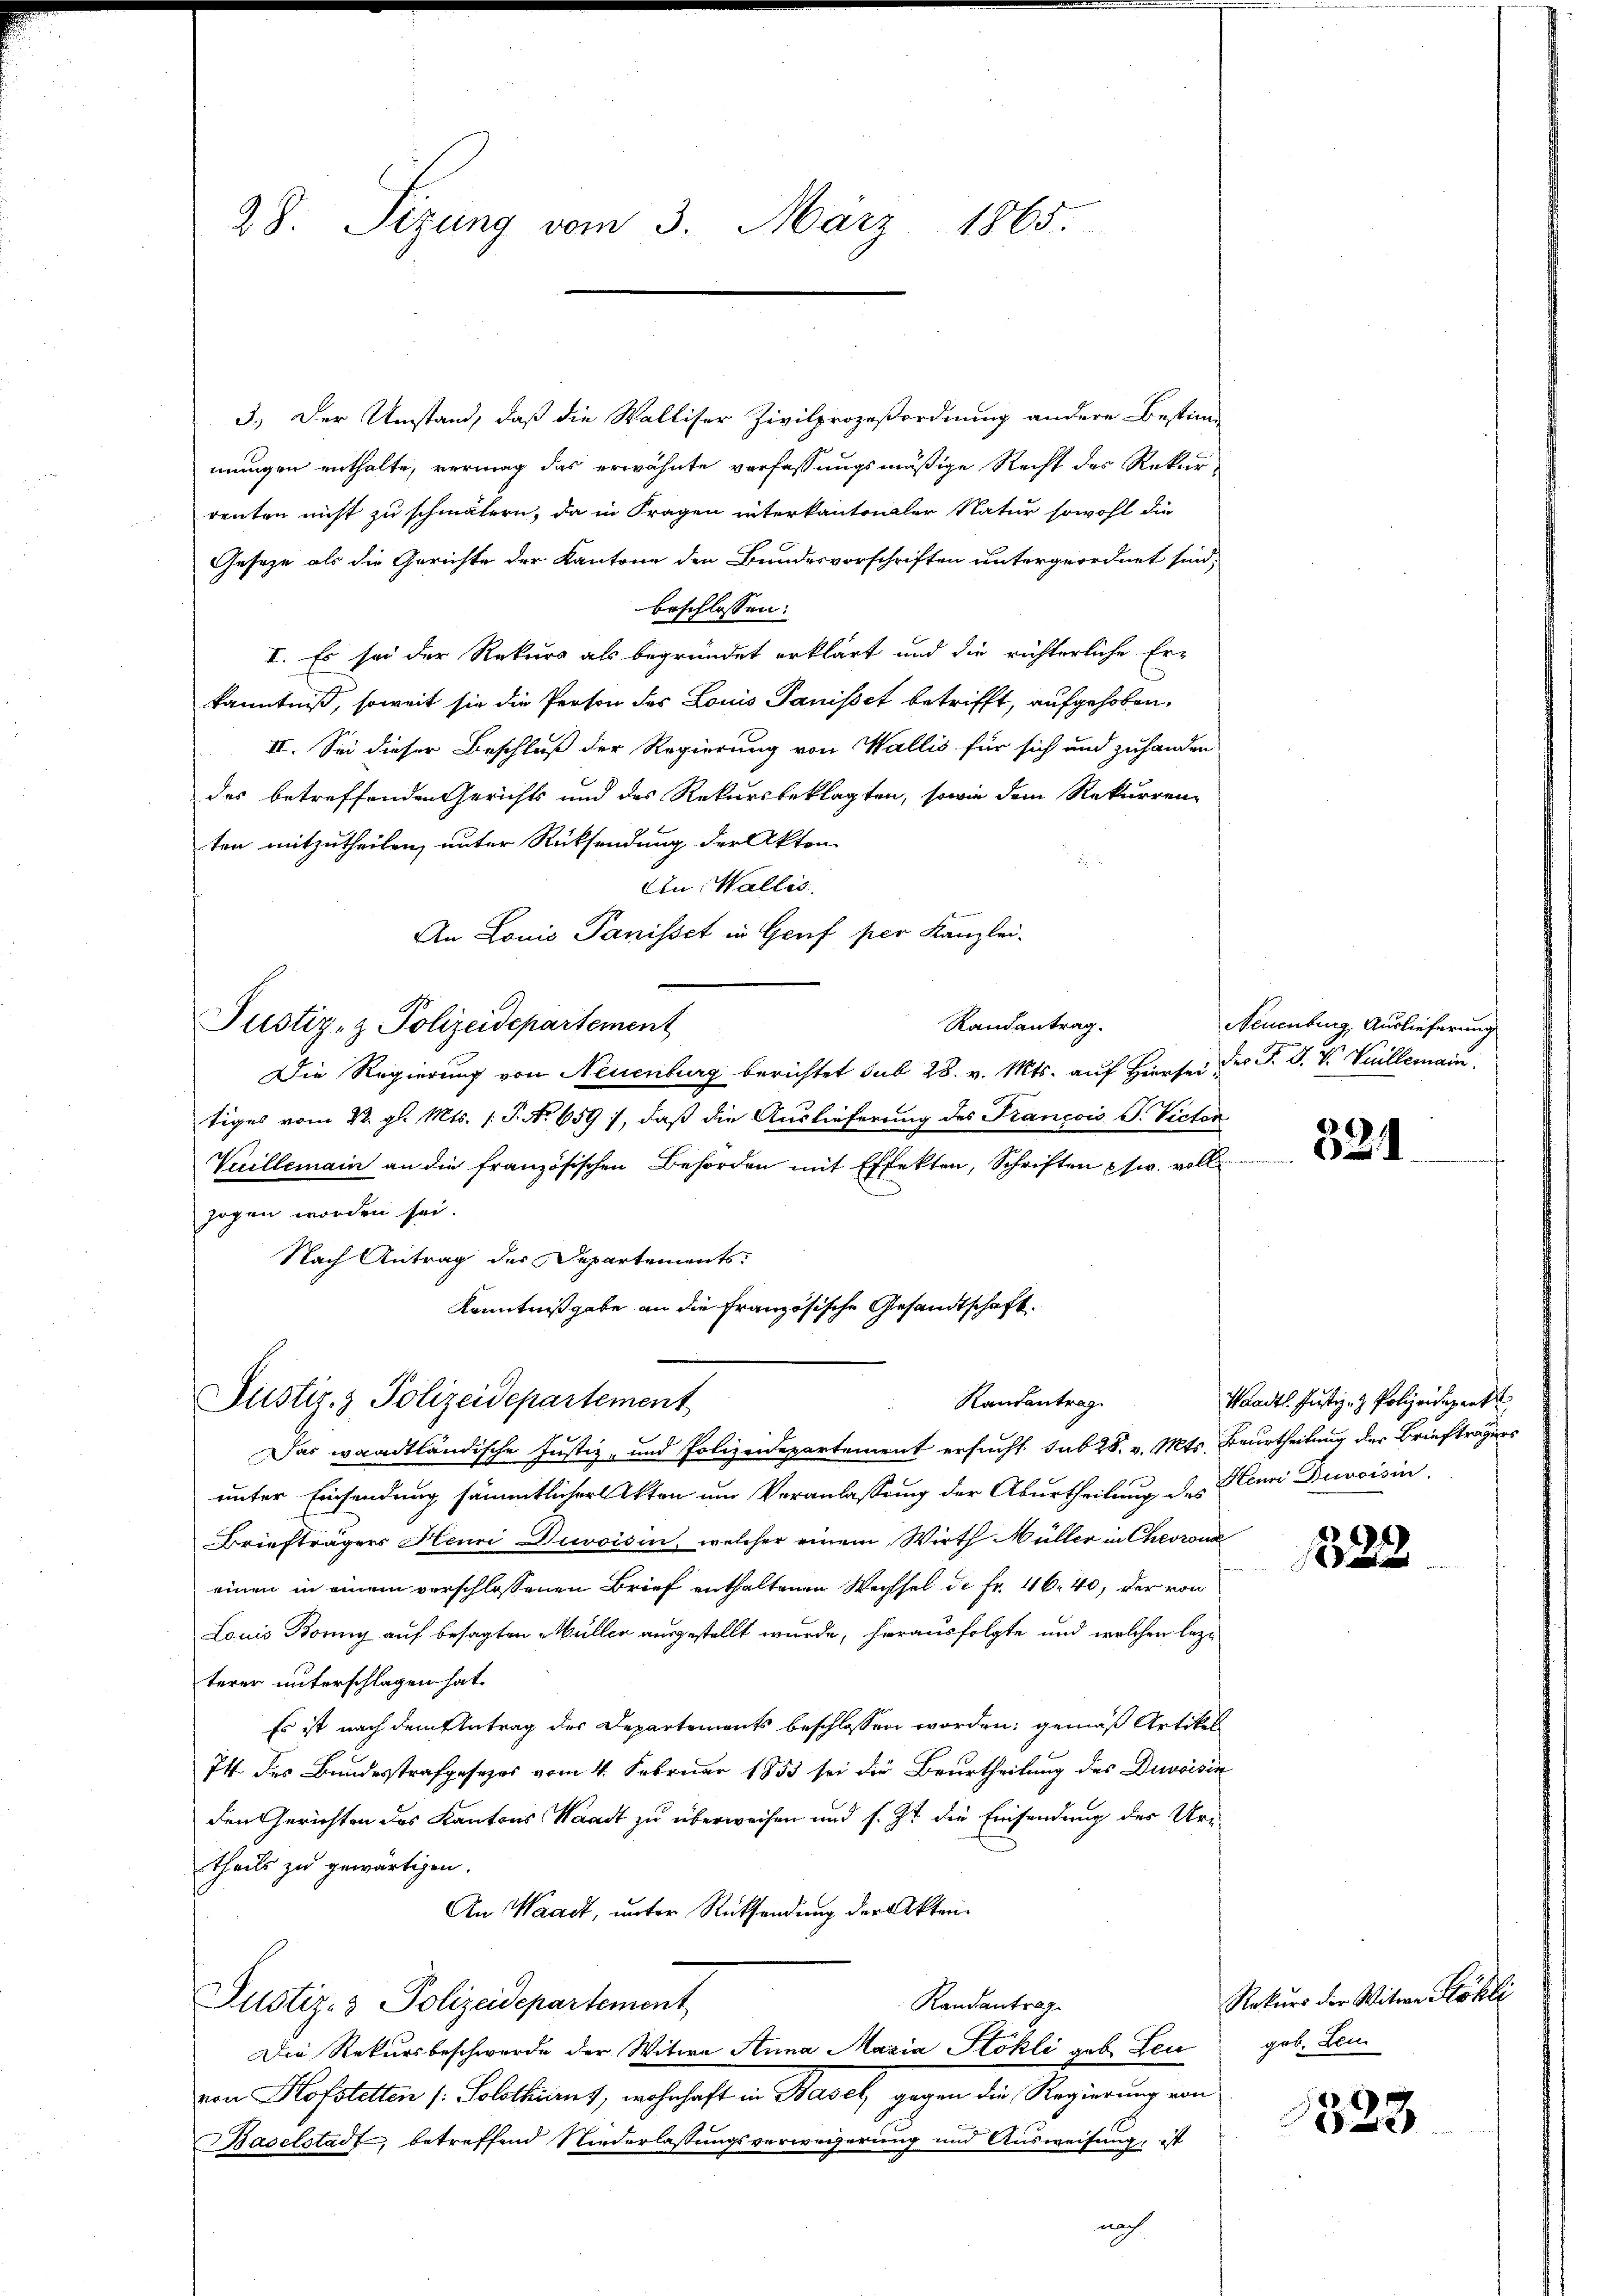
28. Sizung vom 3. März 1865.

I. Es sei der Rekurs als begründet erklärt und die richterliche Er-
kanntniß, soweit sie die Person des Louis Panistet betrifft, aufgehoben,
II. Sei dieser Beschluß der Regierung von Wallis für sich und zuhanden
des betreffenden Gerichts und des Rekursbeklagten, sowie dem Rekurrenz
ten mitzutheilen, unter Rücksendung der Akten
An Wallis.
An Louis Panisset in Genf per Kanzlei-
Randantrag.
Justiz- & Polizeidepartement
Die Regierung von Neuenburg berichtet sub 28. v. Mts. auf Hierse des P. F. V Vuillemain
tiges vom 22. gl. Mts. 1. P. No 659), daß die Auslieferung des Francois S. Victor
Veillemain an die französischen Behörden mit Effekten, Schriften usw. vollzogen worden sei.
Nach Antrag des Departements
Kenntnißgabe an die französische Gesandtschaft.
Justiz- & Polizeidepartement
Randantrag
Das waadtländische Justiz- und Polizeidepartement ersucht, sub 28. v. Mts. Beurtheilung der Briefträgers
unter Einsendung sämmtlicher Akten um Veranlassung der Aburtheilung des Henni Duvoisin,
Briefträgers Henni Duvoisin, welcher einem Wirth Müller in Chevron
einen in einem verschlossenen Brief enthaltenen Wechsel de Fr. 46. 40, der von
Louis Bonny auf besagten Müller ausgestellt wurde, herausfolgte und welchen lezterer unterschlagen hat.
Es ist nach dem Antrag des Departements beschlossen worden; gemäß Artikel
74 des Bundesstrafgesezes vom 4. Februar 1855 sei die Beurtheilung des Divoisin
den Gerichten des Kantons Waadt zu überweisen und s. Zt. die Einsendung des Uri
theils zu gewärtigen.
An Waadt, unter Rücksendung der Akten¬
Justiz- & Polizeidepartement
Randantrag
Die Rekursbeschwerde der Witwe Anna Maria Stokli geb. Leu
von Hofstetten (: Solothurns, wohnhaft in Basel gegen die Regierung von
Baselstadt, betreffend Niederlassungsverweierung und Ausweisung, ist

3.) Der Umstand, daß die Walliser Zivilprozeßordnung andere Bestimmungen enthalte, vermag das erwähnte verfassungsmäßige Recht des Rekurrenten nicht zu schmälern, da in Fragen interkantonaler Natur sowohl die
Gesetze als die Gerichte der Kantone den Bundesvorschriften untergeordnet sind,
beschlossen:

nach

Neuenburg, Auslieferung

)
524.

Waadt. Justiz- & Polizeidepart

28

Rekurs der Witwe Röhli
geb. Leu

8
1